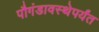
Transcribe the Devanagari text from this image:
पौगंडावस्थेपर्यंत